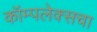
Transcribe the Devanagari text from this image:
कॉम्पलेक्सचा